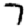
Digit: 7